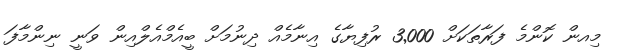
މިއން ކޮންމެ ފަރާތަކަށް 3